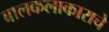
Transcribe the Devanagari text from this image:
बालकलाकाराचे